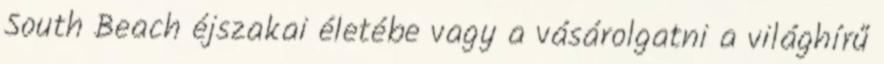
South Beach éjszakai életébe vagy a vásárolgatni a világhírű